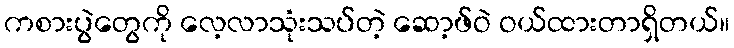
ကစားပွဲတွေကို လေ့လာသုံးသပ်တဲ့ ဆော့ဖ်ဝဲ ဝယ်ထားတာရှိတယ်။